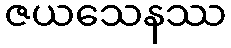
ဇယသေနဿ